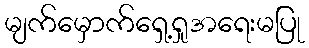
မျက်မှောက်ရှေ့ရှုအရေးမပြု